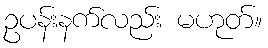
ဥပန်းနက်လည်း မဟုတ်။